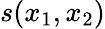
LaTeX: s(x_{1},x_{2})